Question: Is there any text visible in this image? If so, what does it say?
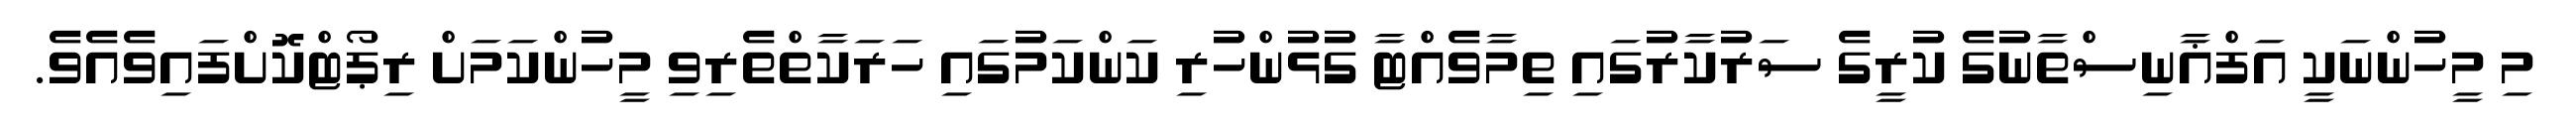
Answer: މި މީހުންނަކީ އަފްޣާނިސްތާނުގެ ކުރީގެ ސަރުކާރުގައި ތިމާވެއްޓާ ގުޅުންހުރި ކަންކަމުގައި ހަރަކާތްތެރިވި މީހުންކަމަށް ރިޕޯޓްކޮށްފައިވެއެވެ.